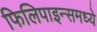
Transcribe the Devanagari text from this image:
फिलिपाइन्समध्ये